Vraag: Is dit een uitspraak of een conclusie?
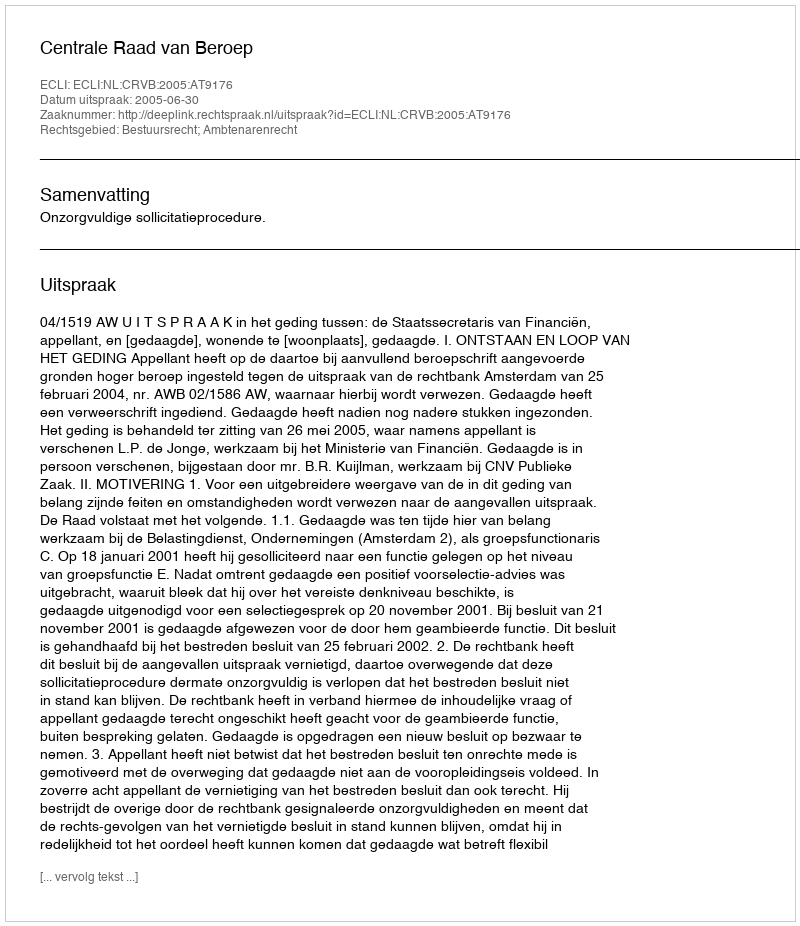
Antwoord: Uitspraak